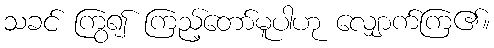
သခင် ကြွ၍ ကြည့်တော်မူပါဟု လျှောက်ကြ၏။